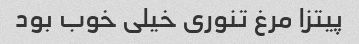
پیتزا مرغ تنوری خیلی خوب بود